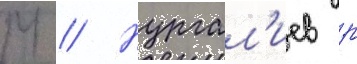
М // Нургал'иев р